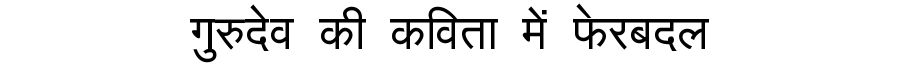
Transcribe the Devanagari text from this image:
गुरुदेव की कविता में फेरबदल